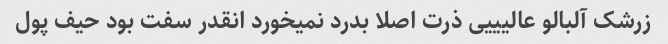
زرشک آلبالو عالیییی ذرت اصلا بدرد نمیخورد انقدر سفت بود حیف پول